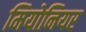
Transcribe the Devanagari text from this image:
मियोनियर